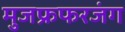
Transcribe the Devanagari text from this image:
मुजफ्रफरजंग